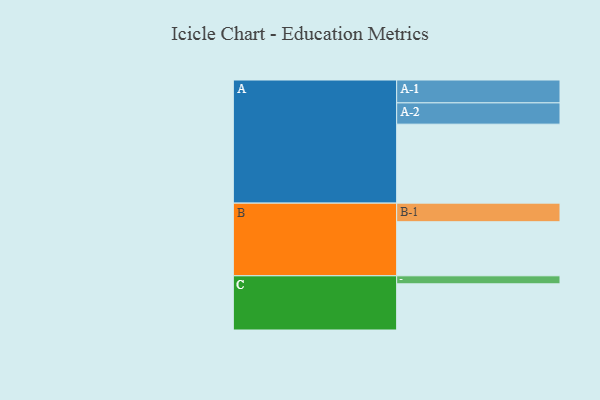
{"axis": {"x": "Segment", "y": "Value"}, "legend": ["", "A", "B", "C"], "data": [{"x": "A", "y": 590, "type": ""}, {"x": "B", "y": 404, "type": ""}, {"x": "C", "y": 345, "type": ""}, {"x": "A-1", "y": 171, "type": "A"}, {"x": "A-2", "y": 159, "type": "A"}, {"x": "B-1", "y": 139, "type": "B"}, {"x": "C-1", "y": 60, "type": "C"}]}